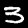
Label: 3